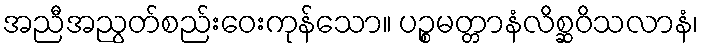
အညီအညွတ်စည်းဝေးကုန်သော။ ပဉ္စမတ္တာနံလိစ္ဆဝိသလာနံ၊